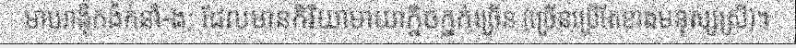
មាយាង៉ិកង៉ក់នាំ-ង; ដែលមានកិរិយាមាយាក្និចក្នក់ច្រើន (ច្រើនប្រើតែខាងមនុស្សស្រី)។